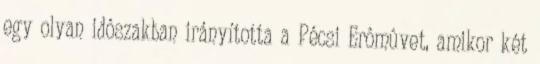
egy olyan idôszakban irányította a Pécsi Erômûvet, amikor két